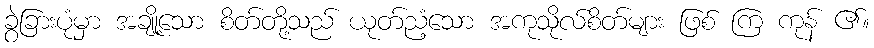
ခွဲခြားပုံမှာ အချို့သော စိတ်တို့သည် ယုတ်ညံ့သော အကုသိုလ်စိတ်များ ဖြစ် ကြ ကုန် ၏။